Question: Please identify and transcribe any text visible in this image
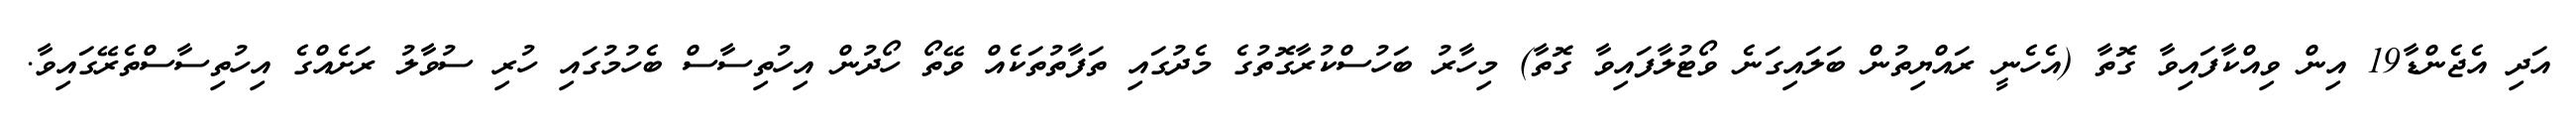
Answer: އަދި އެޖެންޑާ19 އިން ވިއްކާފައިވާ ގޮތާ (އެހެނީ ރައްޔިތުން ބަލައިގަނެ ވޯޓުލާފައިވާ ގޮތާ) މިހާރު ބަހުސްކުރާގޮތުގެ މެދުގައި ތަފާތުތަކެއް ވޭތޯ ހޯދުން އިހުތިސާސް ބެހުމުގައި ހުރި ސުވާލު ރަށެއްގެ އިހުތިސާސްތެރޭގައިވާ.